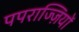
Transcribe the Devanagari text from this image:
पपराज्ज़ियों